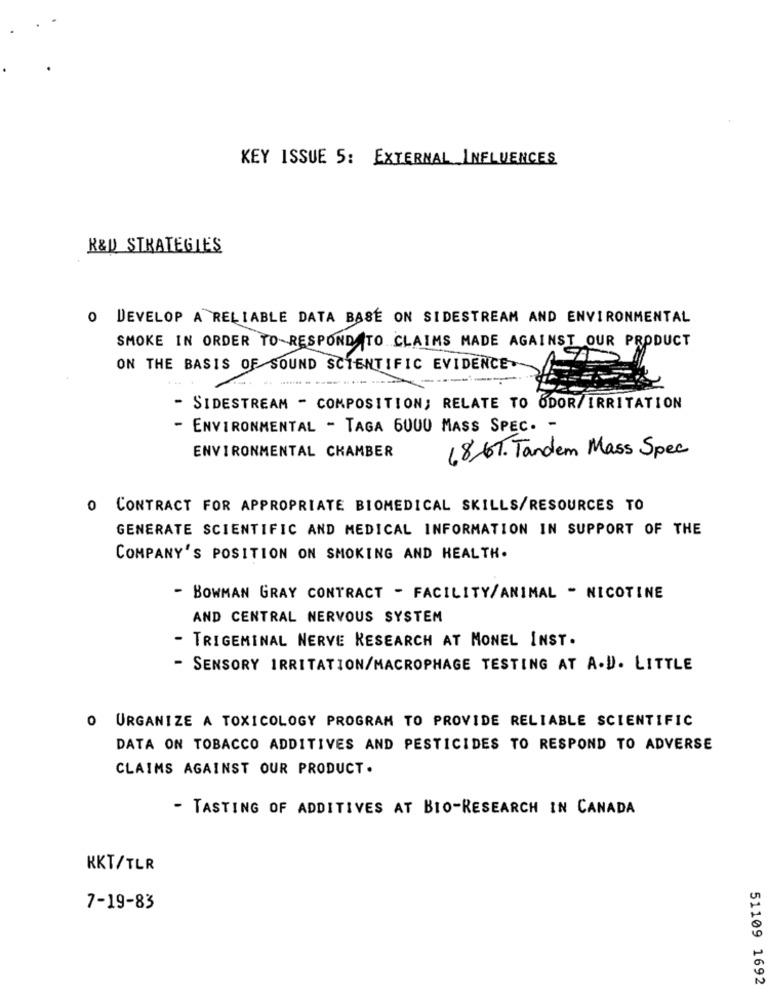
KEY ISSUE 5: EXTERNAL INFLUENCES
R&D STRATEGIES
DEVELOP A RELIABLE DATA BASE ON SIDESTREAM AND ENVIRONMENTAL
SMOKE IN ORDER TO RESPOND TO CLAIMS MADE AGAINST OUR PRODUCT
ON THE BASIS OF SOUND SCIENTIFIC EVIDENCE.
--
- SIDESTREAM - COMPOSITION; RELATE TO ODOR/ IRRITATION
- ENVIRONMENTAL - TAGA 6000 MASS SPEC. -
ENVIRONMENTAL CKAMBER
68-6T. Tandem Mass Spec
0 CONTRACT FOR APPROPRIATE BIOMEDICAL SKILLS/RESOURCES TO
GENERATE SCIENTIFIC AND MEDICAL INFORMATION IN SUPPORT OF THE
COMPANY'S POSITION ON SMOKING AND HEALTH.
- BOWMAN GRAY CONTRACT - FACILITY/ANIMAL " NICOTINE
AND CENTRAL NERVOUS SYSTEM
TRIGEMINAL NERVE RESEARCH AT MONEL INST.
- SENSORY IRRITATION/MACROPHAGE TESTING AT A.D. LITTLE
O URGANIZE A TOXICOLOGY PROGRAM TO PROVIDE RELIABLE SCIENTIFIC
DATA ON TOBACCO ADDITIVES AND PESTICIDES TO RESPOND TO ADVERSE
CLAIMS AGAINST OUR PRODUCT.
- TASTING OF ADDITIVES AT BIO-RESEARCH IN CANADA
KKT/TLR
7-19-83
51109 1692